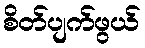
စိတ်ပျက်ဖွယ်